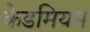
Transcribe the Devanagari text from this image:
केडमियम